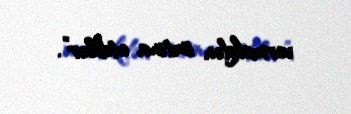
verməkdən imtina etdilər”.